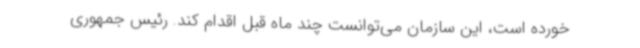
خورده است، این سازمان می‌توانست چند ماه قبل اقدام کند. رئیس جمهوری